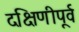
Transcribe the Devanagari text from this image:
दक्षिणीपूर्व